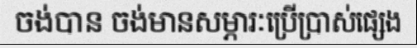
ចង់បាន ចង់មានសម្ភារៈប្រើប្រាស់ផ្សេង